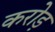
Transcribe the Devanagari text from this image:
करोड़